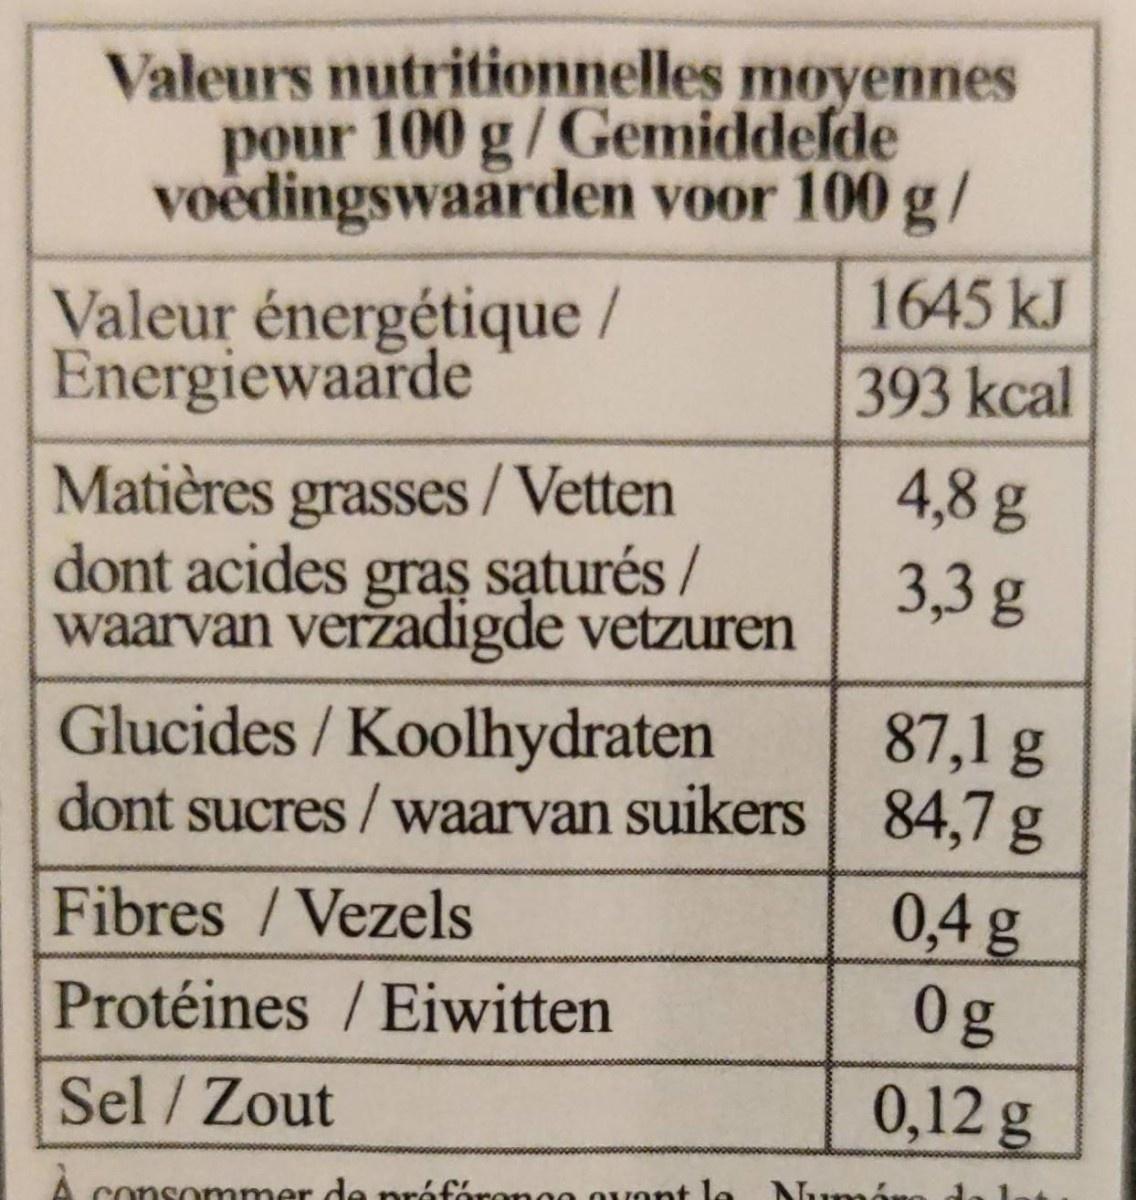
Valeurs nutritionnelles moyennes pour 100 g/Gemiddelde voêdingswaarden voor 100 g/
1645 kJ
Valeur énergétique / Energiewaarde
393 kcal
Matières grasses / Vetten
4,8 g 3,3 g
dont acides saturés /
gras
waarvan veržadigde vetzuren
Glucides/ Koolhydraten
87,1 g 84,7 g
dont sucres /waarvan suikers
Fibres /Vezels
0,4 g
Protéines /Eiwitten
0g
Sel / Zout
0,12 g
consommer de práfórono